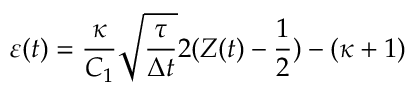
\varepsilon ( t ) = \frac { \kappa } { C _ { 1 } } \sqrt { \frac { \tau } { \Delta t } } 2 ( Z ( t ) - \frac { 1 } { 2 } ) - ( \kappa + 1 )